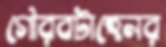
গৌরবটাহেনর